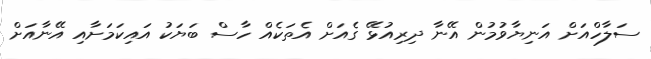
ސަލާހްއަށް އަނިޔާވުމުން އޭނާ ދިރިއުޅޭ ގެއަށް އެތަކެއް ހާސް ބަޔަކު އައިކަމަށާއި އޭނާއަށް